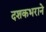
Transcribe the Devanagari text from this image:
दशकभराने